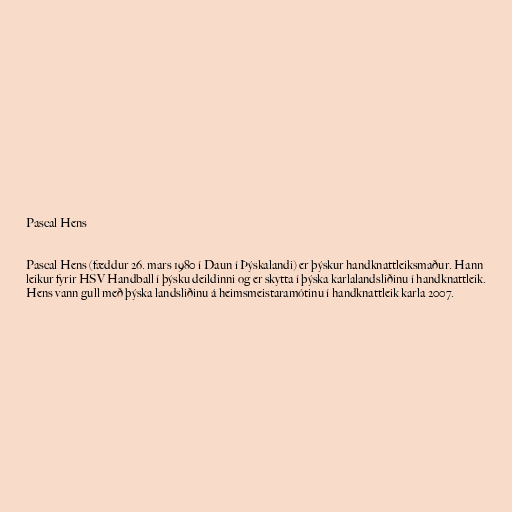
Pascal Hens

Pascal Hens (fæddur 26. mars 1980 í Daun í Þýskalandi) er þýskur handknattleiksmaður. Hann
leikur fyrir HSV Handball í þýsku deildinni og er skytta í þýska karlalandsliðinu í handknattleik.
Hens vann gull með þýska landsliðinu á heimsmeistaramótinu í handknattleik karla 2007.